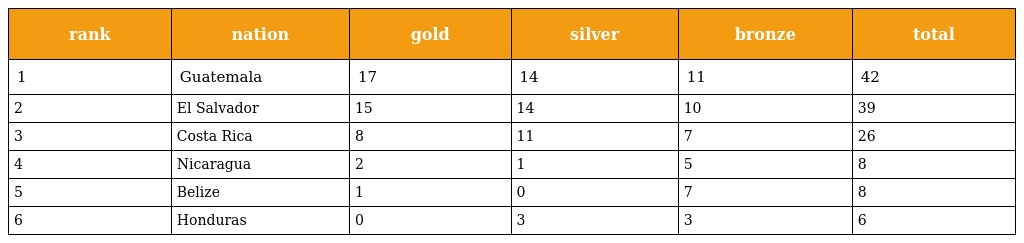
| rank | nation | gold | silver | bronze | total |
 | --- | --- | --- | --- | --- | --- |
 | 1 | Guatemala | 17 | 14 | 11 | 42 |
 | 2 | El Salvador | 15 | 14 | 10 | 39 |
 | 3 | Costa Rica | 8 | 11 | 7 | 26 |
 | 4 | Nicaragua | 2 | 1 | 5 | 8 |
 | 5 | Belize | 1 | 0 | 7 | 8 |
 | 6 | Honduras | 0 | 3 | 3 | 6 |